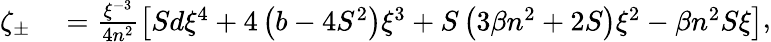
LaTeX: \begin{array}{rl}{\zeta_{\pm}}&{{}=\frac{\xi^{-3}}{4n^{2}}\left[Sd\xi^{4}+4\left(b-4S^{2}\right)\xi^{3}+S\left(3\beta n^{2}+2S\right)\xi^{2}-\beta n^{2}S\xi\right]}\end{array},